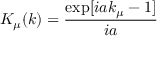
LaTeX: K _ { \mu } ( k ) = \frac { \exp [ i a k _ { \mu } - 1 ] } { i a }